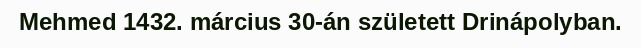
Mehmed 1432. március 30-án született Drinápolyban.